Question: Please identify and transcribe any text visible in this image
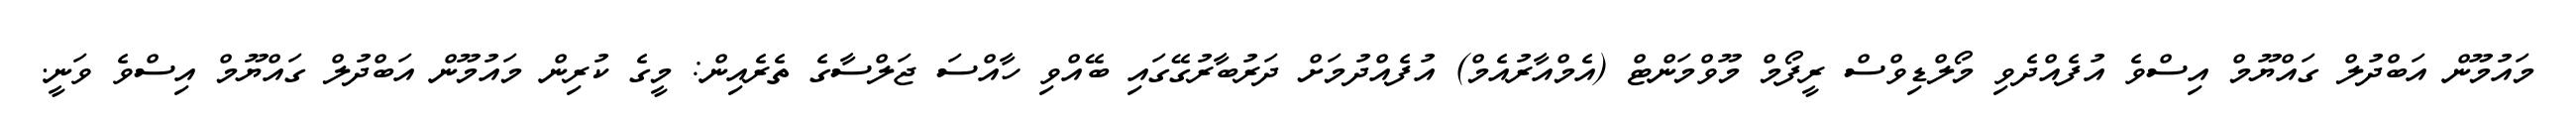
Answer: މައުމޫން އަބްދުލް ގައްޔޫމް އިސްވެ އުފެއްދެވި މޯލްޑިވްސް ރީފޯމް މޫވްމަންޓް (އެމްއާރުއެމް) އުފެއްދުމަށް ދަރުބާރުގޭގައި ބޭއްވި ހާއްސަ ޖަލްސާގެ ތެރެއިން: މީގެ ކުރިން މައުމޫން އަބްދުލް ގައްޔޫމް އިސްވެ ވަނީ.